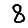
Digit: 8